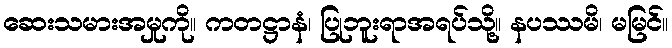
ဆေးသမားအမှုကို။ ကတဋ္ဌာနံ၊ ပြုဘူးရာအရပ်သို့။ နပဿမိ၊ မမြင်။